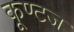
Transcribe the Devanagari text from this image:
कूण्टज